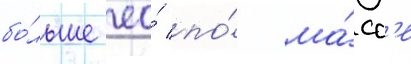
бо́льше ео́ по́ ма́сс'е